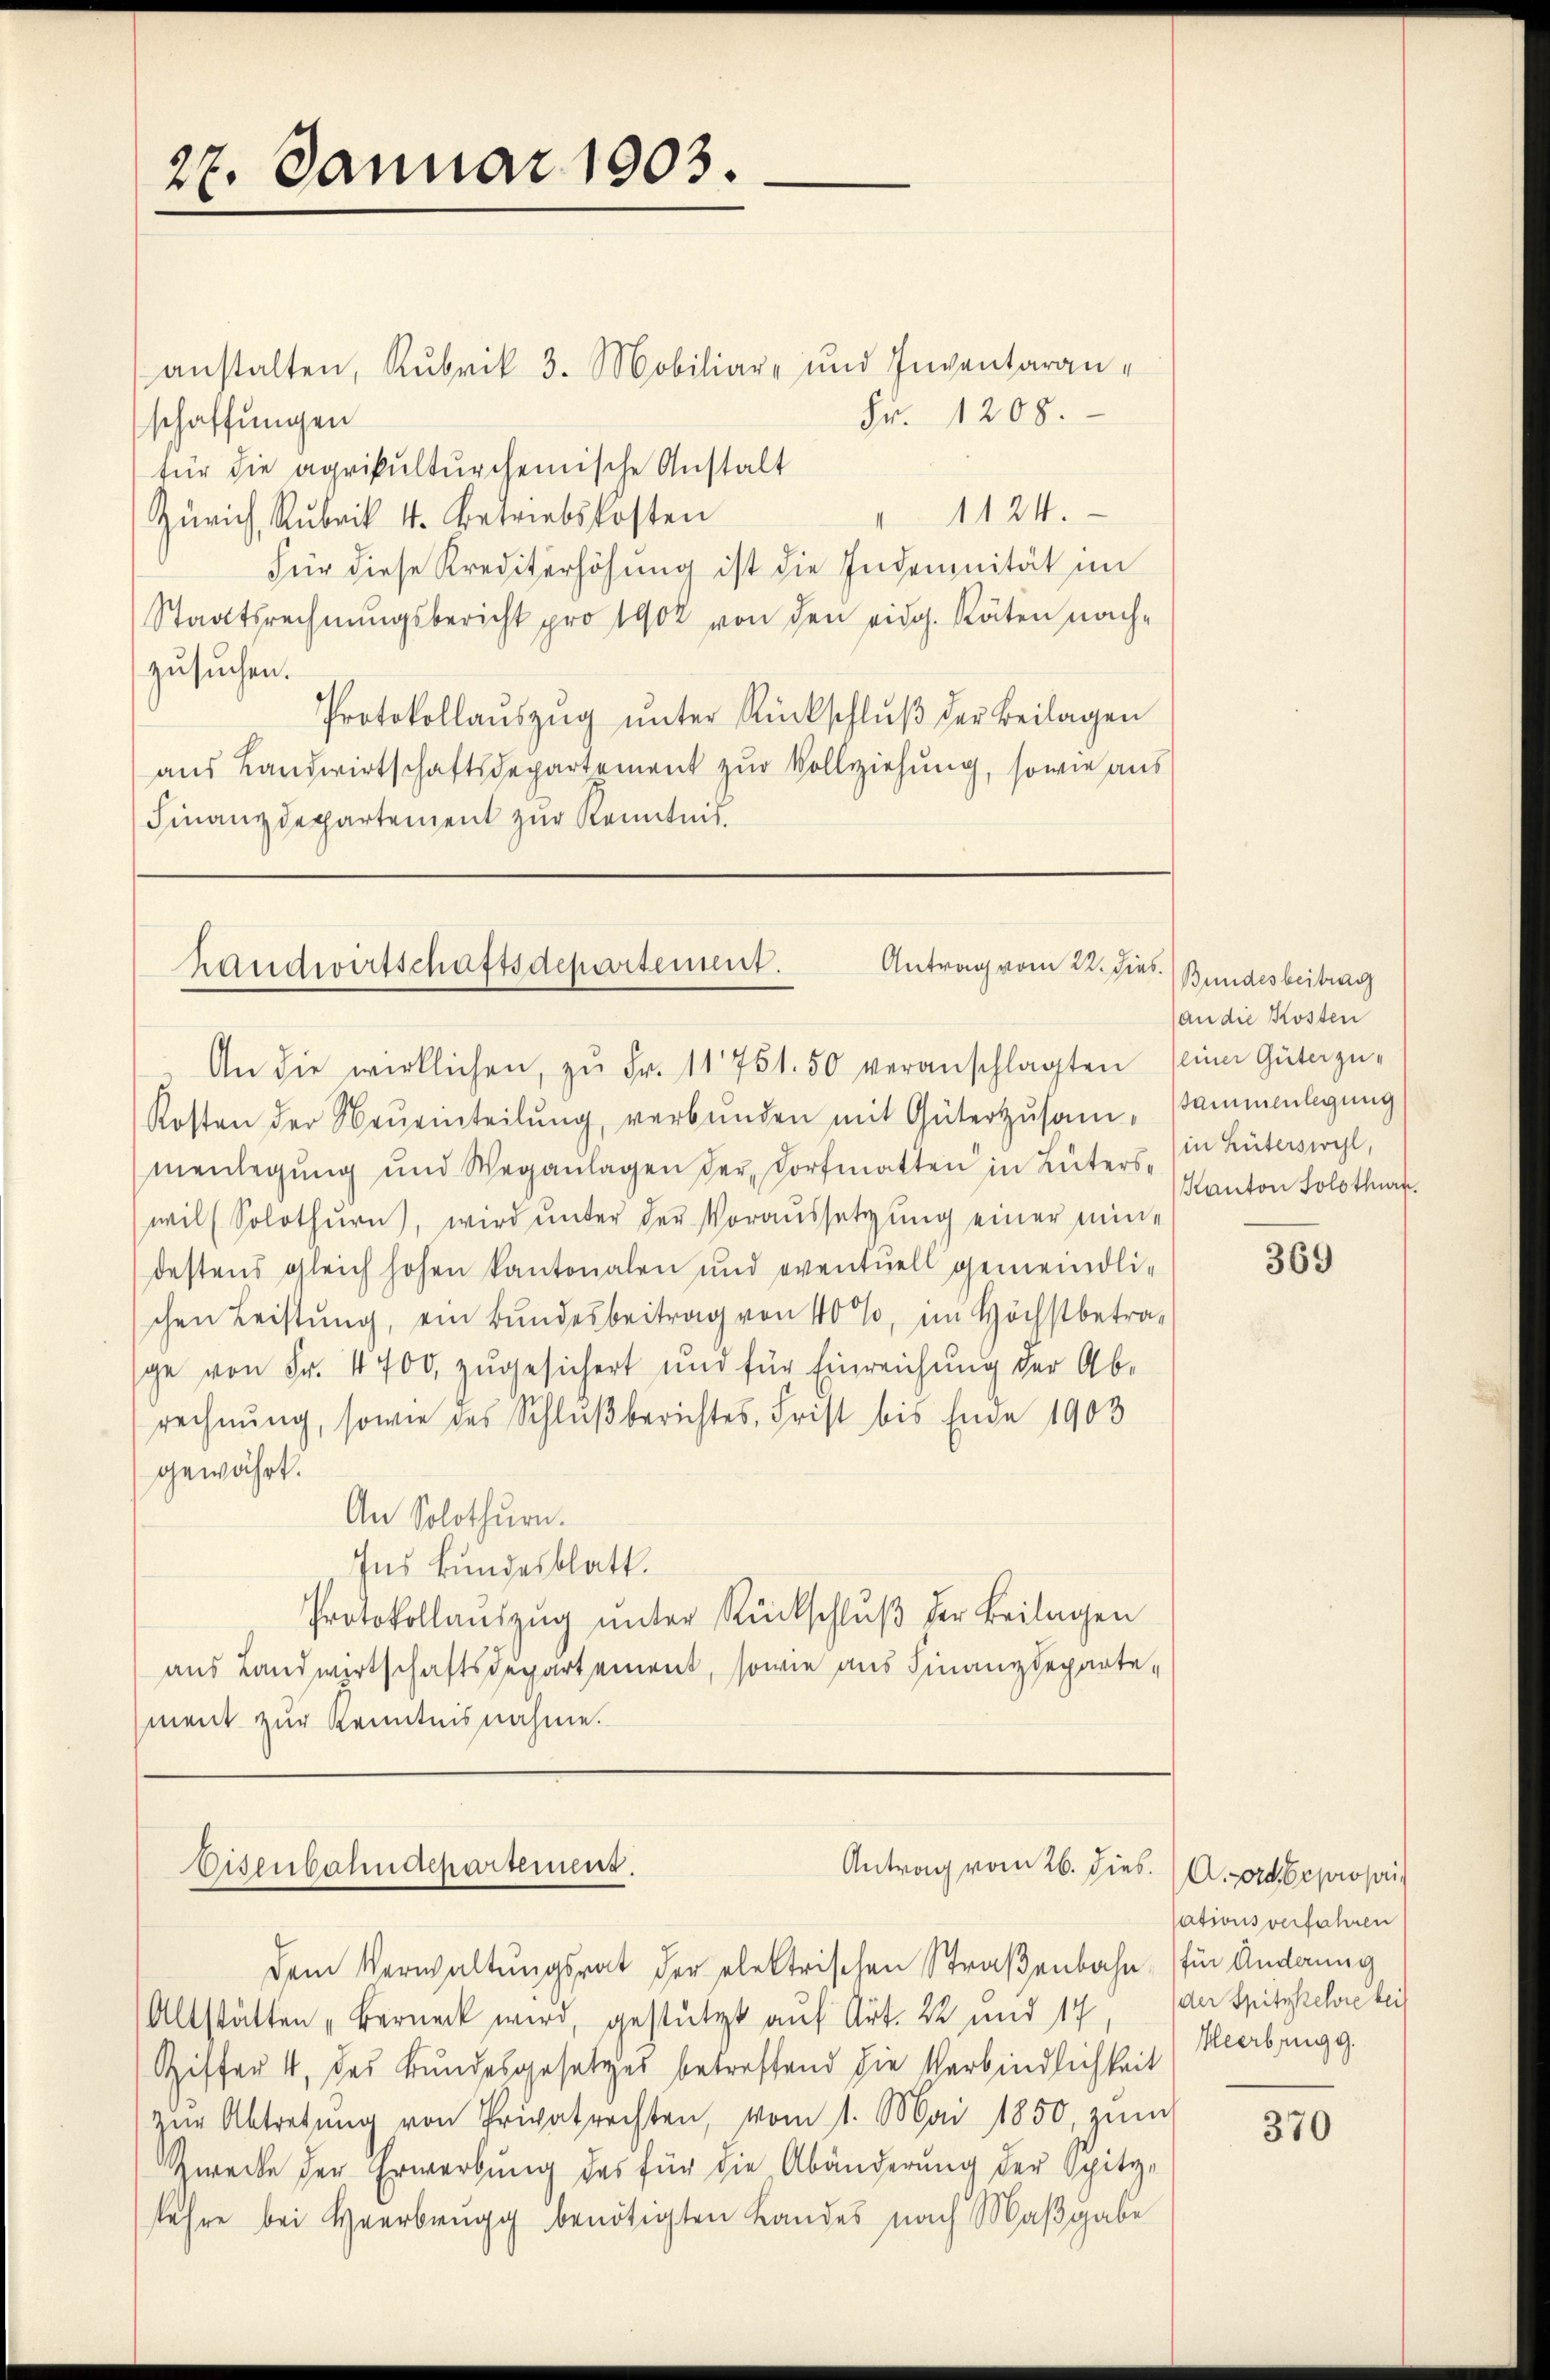
27. Januar 1903.

anstalten, Rubrik 3. Mobiliare und Inventaran¬
Fr. 1208.
schaffungen
für die agrikulturchemische Anstalt
1124.
Zürich, Rubrik 4. betriebskosten
Für diese Krediterhöhung ist die Indemnität im
Staatsrechnungsbericht pro 1902 von den eidg. Räten nachzusuchen.
Protokollaŭszŭg ŭnter Rückschlŭβ der Beilagen
aus Landwirtschaftsdepartement zur Vollziehung, sowie aus
Finanzdepartement zur Kenntnis.

Antrag vom 22. dies
Handwirtschaftsdepartement.
An die wirklichen, zŭ Fr. 11751. 50 veranschlagten seiner Güterzu-

Kosten der Neŭeinteilŭng, verbŭnden mit Güterzŭsam, sammenlegung
menlegung und Weganlagen der Dorfmatten in Lüterswil (Solothŭrn, wird ŭnter der Voraussetzŭng einer mindestens gleich hohen kantonalen und eventuell gemeindlichen Leistung, ein Bundesbeitrag von 40%, im Höchstbetrage von Fr. 4700 zugesichert und für Einreichung der Ab-
rechnung, sowie des Schlußberichtes, Frist bis Ende 1903
gewährt.
An Solothurn.
Ins Bundesblatt.
Protokollaŭszŭg ŭnter Rückschlŭβ der Beilagen
aus Landwirtschaftsdepartement, sowie aus Finanzdeparte-
ment zur Kenntnisnahme.

Disenbahndepartement.
Antrag vom 26. dies. (A. bepropri

dem Verwaltungsrat der elektrischen Straßenbahn (für Anderung
Altstätten „Berneck wird, gestützt auf Art. 22 und 14 der Spitzkehre bei
Ziffer 4, das Bundesgesetzes betreffend die Verbindlichkeit
zŭr Abtretŭng von Privatrechten, vom 1. Mai 1850, zŭm
Zwecke der Erwerbung des für die Abänderung der Spitz-
fehre bei Haarbrugg benötigten Landes nach Maßgabe

Bundesbeitrag
an die Kosten
in Güterswyl,
Kanton Solothurn

369

ationsverfahren
Heerbrugg.

370